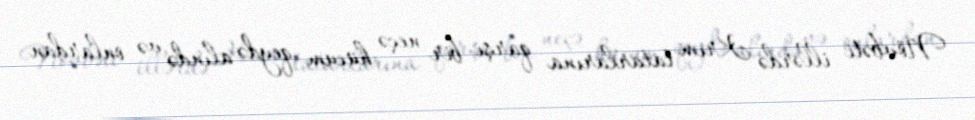
Növbəti illərdə Krım tatarlarına qarşı bir neçə hücum qeydə alındə və onlardan